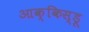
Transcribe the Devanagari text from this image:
आक्किस्डू